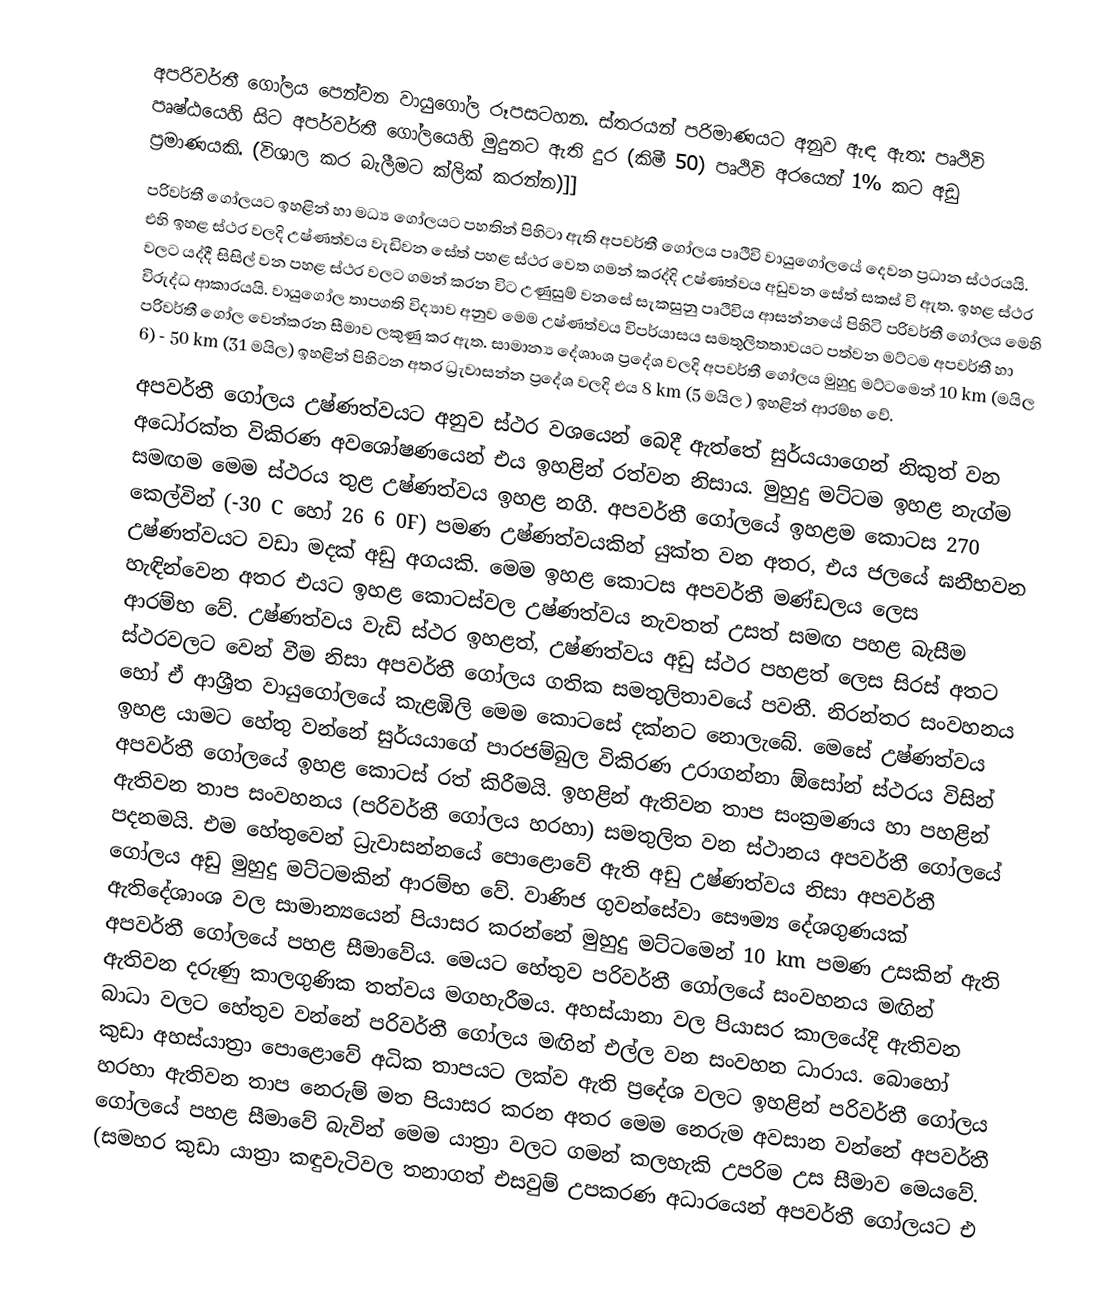
අපරිවර්තී ගෝලය පෙන්වන වායුගෝල රූපසටහන. ස්තරයන් පරිමාණයට අනුව ඇඳ ඇත: පෘථිවි පෘෂ්ඨයෙහි සිට අපර්වර්තී ගෝලයෙහි මුදුනට ඇති දුර (කිමී 50) පෘථිවි අරයෙන් 1% කට අඩු ප්‍රමාණයකි. (විශාල කර බැලීමට ක්ලික් කරන්න)]]
පරිවර්තී ගෝලයට ඉහළින් හා මධ්‍ය ගෝලයට පහතින් පිහිටා ඇති අපවර්තී ගෝලය පෘථිවි වායුගෝලයේ දෙවන ප්‍රධාන ස්ථරයයි. එහි ඉහළ ස්ථර වලදි උෂ්ණත්වය වැඩිවන සේත් පහළ ස්ථර වෙත ‍ගමන් කරද්දි උෂ්ණත්වය අඩුවන සේත් සකස් වි ඇත. ඉහළ ස්ථර වලට යද්දී සිසිල් වන පහළ ස්ථර වලට ගමන් කරන විට උණුසුම් වනසේ සැකසුනු පෘථිවිය ආසන්නයේ පිහිටි පරිවර්තී ගෝලය මෙහි විරුද්ධ ආකාරයයි. වායුගෝල තාපගති විද්‍යාව අනුව මෙම උෂ්ණත්වය විපර්යාසය සමතුලිතතාවයට පත්වන මට්ටම අපවර්තී හා පරිවර්තී ගෝල වෙන්කරන සීමාව ලකුණු කර ඇත. සාමාන්‍ය දේශාංශ ප්‍රදේශ වලදි අපවර්තී ගෝලය මුහුදු ම‍ට්ටමෙන් 10 km (මයිල 6) - 50 km (31 මයිල)  ඉහළින් පිහිටන අතර ධ්‍රැවාසන්න ප්‍රදේශ වලදි එය 8 km (5 මයිල ) ඉහළින් ආරම්භ වේ.
අපවර්තී ගෝලය උෂ්ණත්වයට අනුව ස්ථර වශයෙන් බෙදී ඇත්තේ සුර්යයාගෙන් නිකුත් වන අධෝරක්ත විකිරණ අවශෝෂණයෙන් එය ඉහළින් රත්වන නිසාය. මුහුදු මට්ටම ඉහළ නැග්ම සමඟම මෙම ස්ථරය තුළ උෂ්ණත්වය ඉහළ නගී. අපවර්තී ගෝලයේ ඉහළම කොටස 270 කෙල්වින් (-30 C හෝ 26 6 0F) පමණ උෂ්ණත්වයකින් යුක්ත වන අතර, එය ජලයේ ඝනීභවන උෂ්ණත්වයට වඩා මදක් අඩු අගයකි. මෙම ඉහළ කොටස අපවර්තී මණ්ඩලය ලෙස හැඳින්වෙන අතර එයට ඉහළ කොටස්වල උෂ්ණත්වය නැවතත් උසත් සමඟ පහළ බැසීම ආරම්භ වේ. උෂ්ණත්වය වැඩි ස්ථර ඉහළත්, උෂ්ණත්වය අඩු ස්ථර පහළත් ලෙස සිරස් අතට ස්ථරවලට වෙන් වීම නිසා අපවර්තී ගෝලය ගතික සමතුලිතාවයේ පවතී. නිරන්තර සංවහනය හෝ ඒ ආශ්‍රීත වායුගෝලයේ කැළඹිලි මෙම ‍කොටසේ දක්නට නොලැබේ. මෙසේ උෂ්ණත්වය ඉහළ යාමට හේතු වන්නේ සුර්යයාගේ පාරජම්බුල විකිරණ උරාගන්නා ඕසෝන් ස්ථරය විසින් අපවර්තී ගෝලයේ ඉහළ කොටස් රත් කිරීමයි. ඉහළින් ඇතිවන තාප සංක්‍රමණය හා පහළින් ඇතිවන තාප සංවහනය (පරිවර්තී ගෝලය හරහා) සමතුලිත වන ස්ථානය අපවර්තී ගෝලයේ පදනමයි. එම හේතුවෙන් ධ්‍රැවාසන්නයේ පොළොවේ ඇති අඩු උෂ්ණත්වය නිසා අපවර්තී ගෝලය අඩු මුහුදු මට්ටමකින් ආරම්භ වේ. වාණිජ ගුවන්සේවා සෞම්‍ය දේශගුණයක් ඇතිදේශාංශ වල සාමාන්‍යයෙන් පියාසර කරන්නේ මුහුදු මට්ටමෙන් 10 km පමණ උසකින් ඇති අපවර්තී ගෝලයේ පහළ සීමාවේය. මෙයට හේතුව පරිවර්තී ගෝලයේ සංවහනය මඟින් ඇතිවන දරුණු කාලගුණික තත්වය මගහැරීමය. අහස්යානා වල පියාසර කාලයේදි ඇතිවන බාධා වලට හේතුව වන්නේ පරිවර්තී ගෝලය මඟින් එල්ල වන සංවහන ධාරාය. බොහෝ කුඩා අහස්යාත්‍රා පොළොවේ අධික තාපයට ලක්ව ඇති ප්‍රදේශ වලට ඉහළින් පරිවර්තී ගෝලය හරහා ඇතිවන තාප නෙරුම් මත පියාසර කරන අතර මෙම නෙරුම අවසාන වන්නේ අපවර්තී ගෝලයේ පහළ සීමාවේ බැවින් මෙම යාත්‍රා වලට ගමන් කලහැකි උපරිම උස සීමාව මෙයවේ. (සමහර කුඩා යාත්‍රා කඳුවැටිවල තනාගත් එසවුම් උපකරණ අධාරයෙන් අපවර්තී ගෝලයට එ